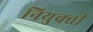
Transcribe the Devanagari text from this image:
नियुक्‍ती